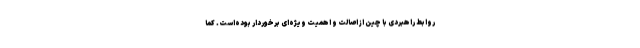
روابط راهبردی با چین از اصالت و اهمیت ویژه‌ای برخوردار بوده‌است. کما